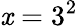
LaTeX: \mathit{x}=3^{2}